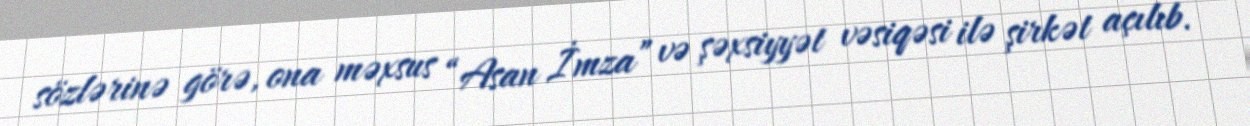
sözlərinə görə, ona məxsus “Asan İmza” və şəxsiyyət vəsiqəsi ilə şirkət açılıb.